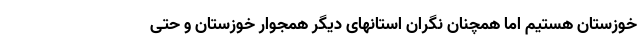
خوزستان هستیم اما همچنان نگران استانهای دیگر همجوار خوزستان و حتی